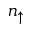
n _ { \uparrow }